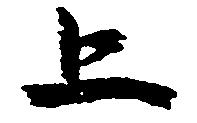
上